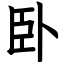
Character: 卧